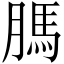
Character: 𦟐